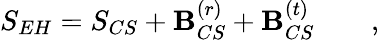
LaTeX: S_{EH}=S_{CS}+{\cal\mathbf{B}}_{CS}^{(r)}+{\cal\mathbf{B}}_{CS}^{(t)}\qquad,